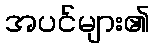
အပင်များ၏